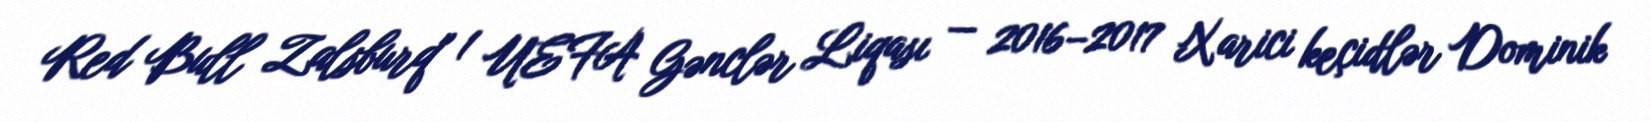
Red Bull Zalsburq" 1 UEFA Gənclər Liqası — 2016–2017 Xarici keçidlər Dominik